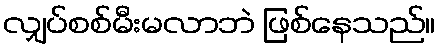
လျှပ်စစ်မီးမလာဘဲ ဖြစ်နေသည်။